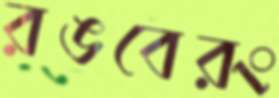
রঙবেরং